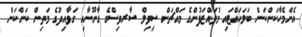
އެންމެހާކަންކަން ބަލަހައްޓައި މުވައްޒަފުންގެ މައްޗަށް ސިވިލް ސާރވިސްގެ ގާނޫނާއި ގަވާއިދުގެ މަތިން ކަންކަން